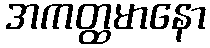
အကတ္ထမာနော